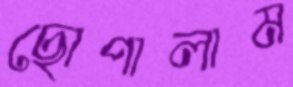
ছোপালাম